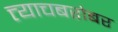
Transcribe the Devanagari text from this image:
त्त्याचबरोबर